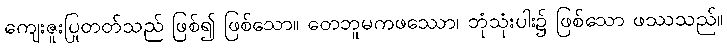
ကျေးဇူးပြုတတ်သည် ဖြစ်၍ ဖြစ်သော။ တေဘူမကဖဿော၊ ဘုံသုံးပါး၌ ဖြစ်သော ဖဿသည်။